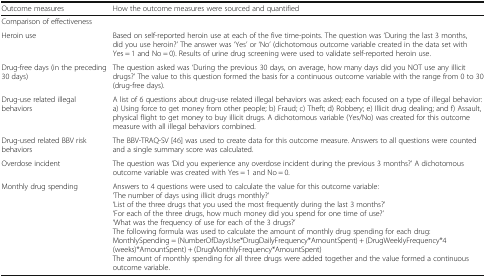
<table><thead><tr><td><b>Outcome measures</b></td><td><b>How the outcome measures were sourced and quantified</b></td></tr></thead><tbody><tr><td colspan="2">Comparison of effectiveness</td></tr><tr><td>Heroin use</td><td>Based on self-reported heroin use at each of the five time-points. The question was ‘During the last 3 months, did you use heroin?’ The answer was ‘Yes’ or ‘No’ (dichotomous outcome variable created in the data set with Yes = 1 and No = 0). Results of urine drug screening were used to validate self-reported heroin use.</td></tr><tr><td>Drug-free days (in the preceding 30 days)</td><td>The question asked was ‘During the previous 30 days, on average, how many days did you NOT use any illicit drugs?’ The value to this question formed the basis for a continuous outcome variable with the range from 0 to 30 (drug-free days).</td></tr><tr><td>Drug-use related illegal behaviors</td><td>A list of 6 questions about drug-use related illegal behaviors was asked; each focused on a type of illegal behavior:a) Using force to get money from other people; b) Fraud; c) Theft; d) Robbery; e) Illicit drug dealing; and f) Assault, physical flight to get money to buy illicit drugs. A dichotomous variable (Yes/No) was created for this outcome measure with all illegal behaviors combined.</td></tr><tr><td>Drug-used related BBV risk behaviors</td><td>The BBV-TRAQ-SV [46] was used to create data for this outcome measure. Answers to all questions were counted and a single summary score was calculated.</td></tr><tr><td>Overdose incident</td><td>The question was ‘Did you experience any overdose incident during the previous 3 months?’ A dichotomous outcome variable was created with Yes = 1 and No = 0.</td></tr><tr><td>Monthly drug spending</td><td>Answers to 4 questions were used to calculate the value for this outcome variable:‘The number of days using illicit drugs monthly?’‘List of the three drugs that you used the most frequently during the last 3 months?’‘For each of the three drugs, how much money did you spend for one time of use?’‘What was the frequency of use for each of the 3 drugs?’The following formula was used to calculate the amount of monthly drug spending for each drug:MonthlySpending = (NumberOfDaysUse*DrugDailyFrequency*AmountSpent) + (DrugWeeklyFrequency*4 (weeks)*AmountSpent) + (DrugMonthlyFrequency*AmountSpent)The amount of monthly spending for all three drugs were added together and the value formed a continuous outcome variable.</td></tr></tbody></table>